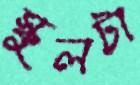
স্কুলটা